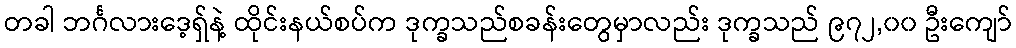
တခါ ဘင်္ဂလားဒေ့ရှ်နဲ့ ထိုင်းနယ်စပ်က ဒုက္ခသည်စခန်းတွေမှာလည်း ဒုက္ခသည် ၉၇၂,၀၀ ဦးကျော်